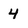
Character: 4